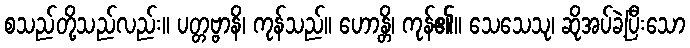
စသည်တို့သည်လည်း။ ပတ္တဗ္ဗာနိ၊ ကုန်သည်။ ဟောန္တိ၊ ကုန်၏။ သေသေသု၊ ဆိုအပ်ခဲ့ပြီးသော